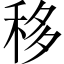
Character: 移